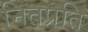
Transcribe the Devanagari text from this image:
नितप्रति